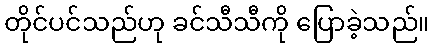
တိုင်ပင်သည်ဟု ခင်သီသီကို ပြောခဲ့သည်။